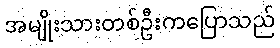
အမျိုးသားတစ်ဦးကပြောသည်